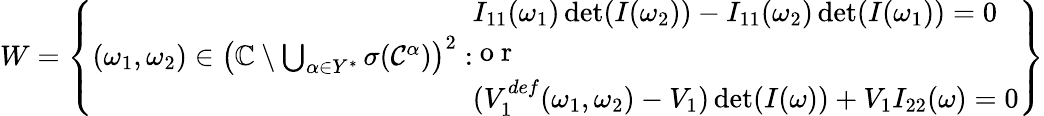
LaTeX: \begin{array}{r}{W=\left\{ (\omega_{1},\omega_{2})\in\left(\mathbb{C}\setminus\bigcup_{\alpha\in Y^{*}}\sigma(\mathcal{C}^{\alpha})\right)^{2}:\begin{array}{l}{I_{11}(\omega_{1})\operatorname*{det}(I(\omega_{2}))-I_{11}(\omega_{2})\operatorname*{det}(I(\omega_{1}))=0}\\ {\mathrm{~o~r~}}\\ {(V_{1}^{def}(\omega_{1},\omega_{2})-V_{1})\operatorname*{det}(I(\omega))+V_{1}I_{22}(\omega)=0}\end{array}\right\} }\end{array}